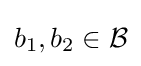
b_{1},b_{2}\in {\mathcal {B}}